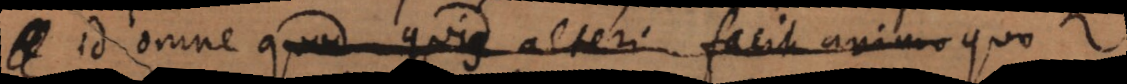
id omne quod quis alteri facit animo quis